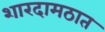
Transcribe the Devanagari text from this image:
शारदामठात